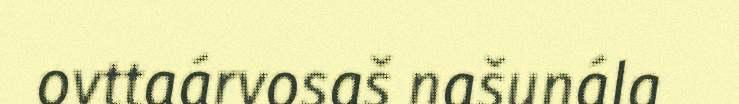
ovttaárvosaš našunála